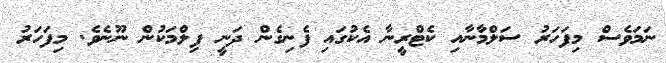
ނަމަވެސް މިފަހަރު ސަލްމާނާއި ކެޓްރީނާ އެކުގައި ފެނިގެން ދަނީ ފިލްމަކުން ނޫނެވެ. މިފަހަރު